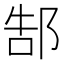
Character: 郜